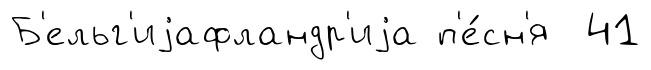
Б'ельг'иjафландр'иjа п'е́сн'я 41